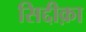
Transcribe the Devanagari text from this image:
सिद्दीक़ा